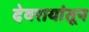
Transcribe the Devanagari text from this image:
देवरायांतून